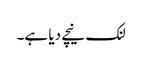
لنک نیچے دیا ہے۔